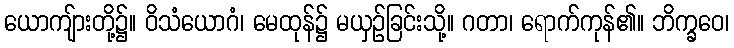
ယောကျ်ားတို့၌။ ဝိသံယောဂံ၊ မေထုန်၌ မယှဉ်ခြင်းသို့။ ဂတာ၊ ရောက်ကုန်၏။ ဘိက္ခဝေ၊